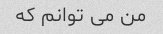
من می توانم که